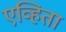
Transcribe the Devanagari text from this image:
एव्हिता